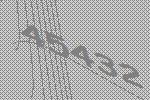
45432